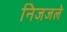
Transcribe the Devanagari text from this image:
निजजले